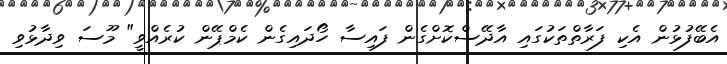
އެބޭފުޅުން އެކި ފަރާތްތަކުގައި އާދޭސްކޮށްގެން ފައިސާ ހޯދައިގެން ކެމްޕޭން ކުރެއްވީ" މޫސަ ވިދާޅުވި